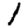
Digit: 1